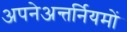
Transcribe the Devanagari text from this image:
अपनेअन्तर्नियमों